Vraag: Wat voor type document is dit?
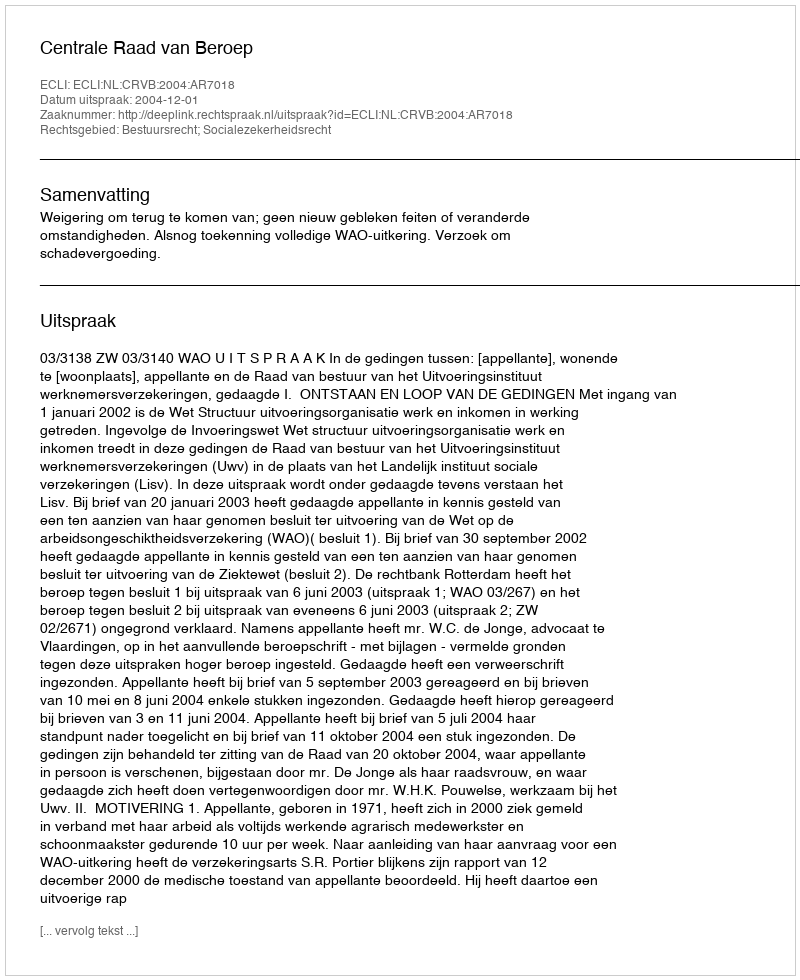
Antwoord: Uitspraak